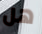
هل